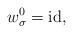
LaTeX: \begin{align*}w_{\sigma}^0 = \mbox{id}, \end{align*}